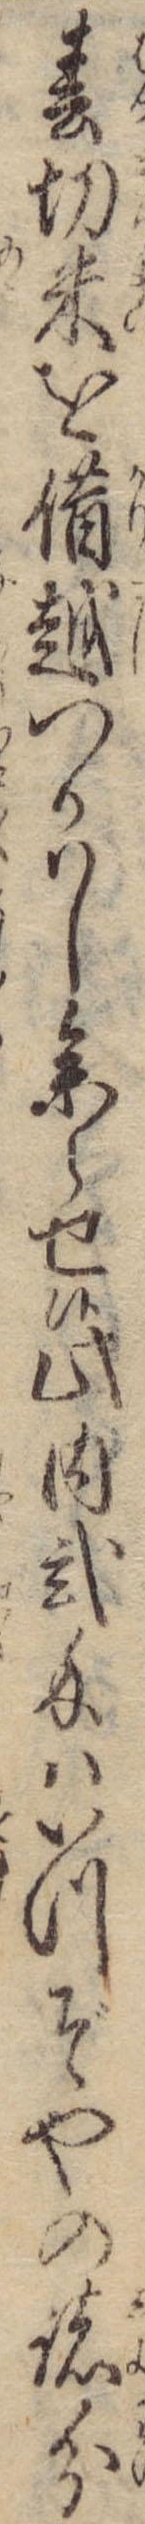
春切米を借越つかはし参らせ候此内弐匁はいつぞやの諸分